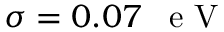
\sigma = 0 . 0 7 \mathrm { ~ \, ~ e ~ V ~ }